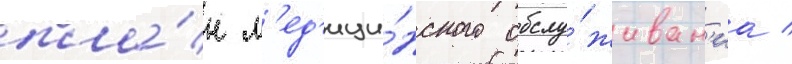
пла́н м'ед'ици́нского обслу́живан'иа /